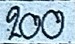
200